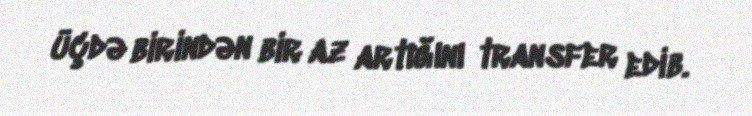
üçdə birindən bir az artığını transfer edib.